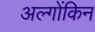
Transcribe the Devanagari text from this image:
अल्गोंकिन